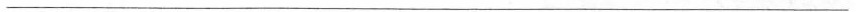
___